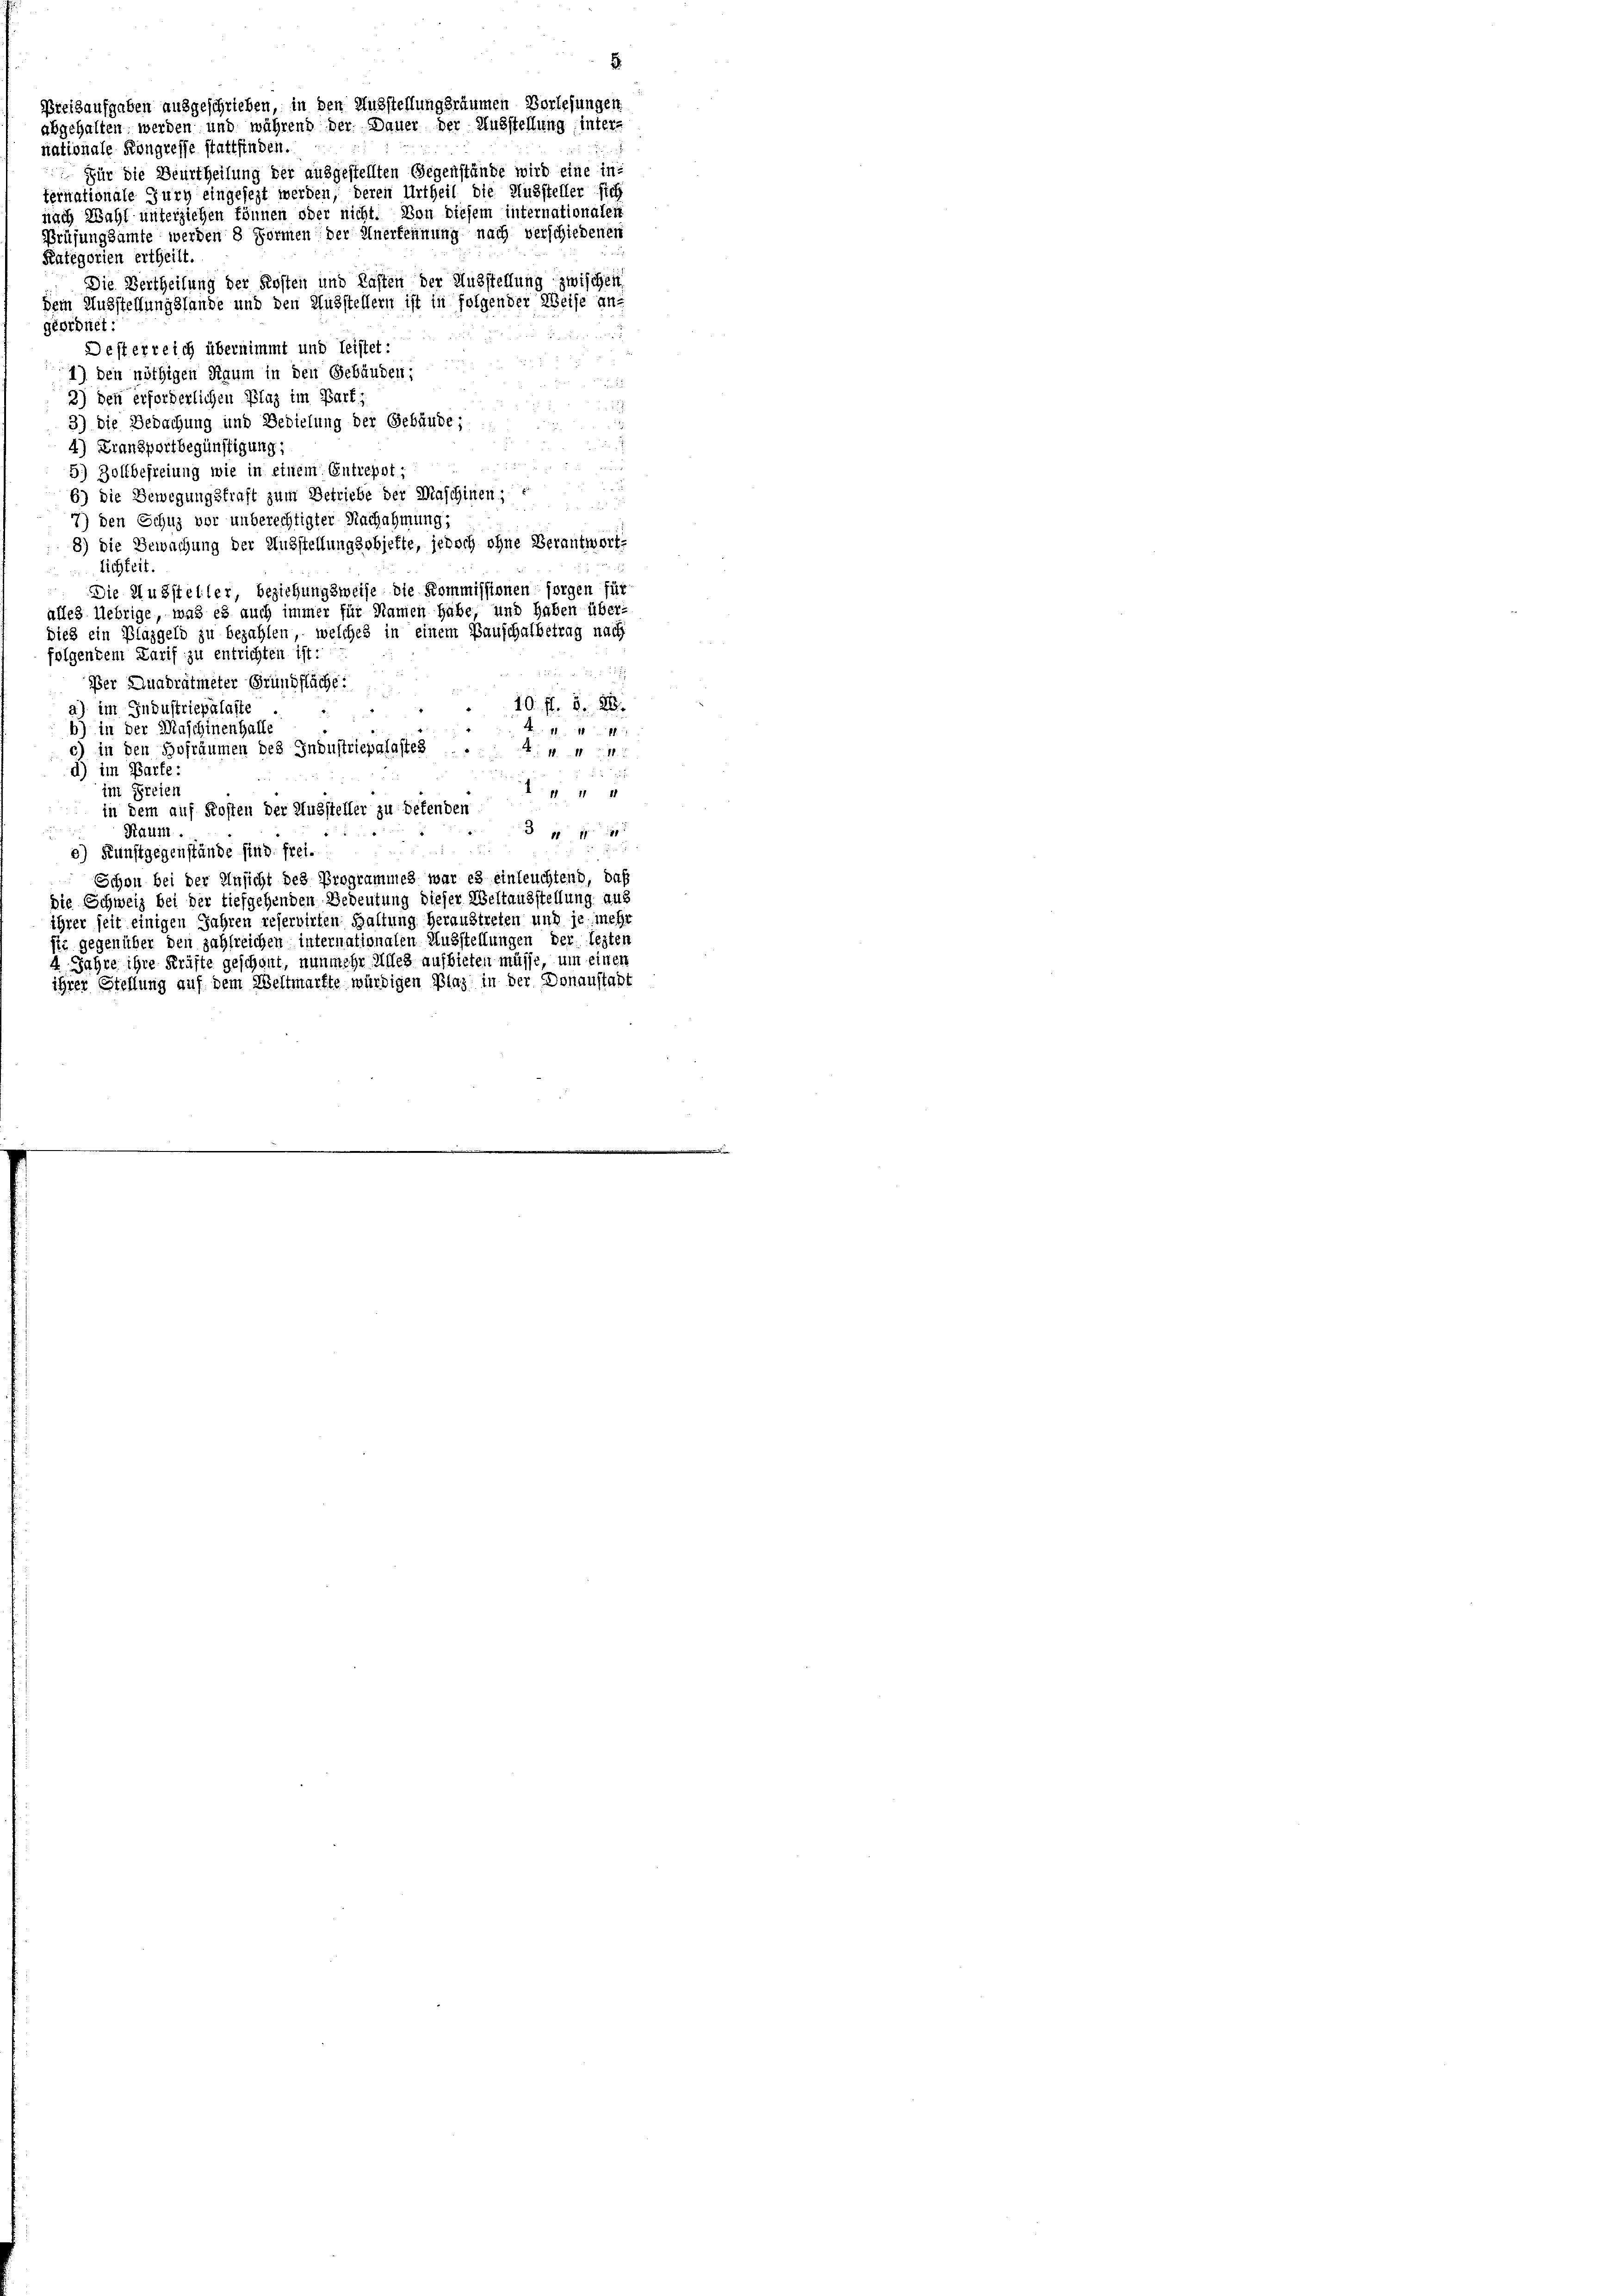
ternationale Jury eingesezt werden, deren Urtheil die Aussteller sich
nach Wahl unterziehen können oder nicht. Von diesem internationalen
Prüfungsamte werden 8 Formen der Anerkennung nach verschiedenen
Kategorien ertheilt
Die Vertheilung der Kosten und Lasten der Ausstellung zwischen
dem Ausstellungslande und den Musstellern ist in folgender Weise an-
geordnet:
Desterreich übernimmt und leistet:
1) Den nöthigen Raum in den Gebäuden:
3) den erforderlichen Plaz im Bart;
3) Die Gedachung und Bedielung der Gebäude;
d
¬
4) Fransportbegünstigung:

5) Zollbefreiung wie in einem Entrepot;

6) die Bewegungskraft zum Betriebe der Maschinen;

7) den Schuz vor unberechtigter Nachahmung:
8) die Bewachung der Ausstellungsobjekte, jedoch ohne Verantworts
lichkeit.
Die Aussteller, beziehungsweise die Kommissionen sorgen für
alles Uebrige, was es auch immer für Namen habe, und haben über-
dieß ein Plazgeld zu bezahlen, welches in einem Bauschalbetrag nach
folgendem Tarif zu entrichten ist:
Per Quadratmeter Grundfläche:
10. fl. 5. 88.
a) im Industriepalaste
b) in der Maschinenhalle
1111
c) in den Hofräumen des Industriepalastes
Z: 10. 11
d) im Barte
  11
im Freien
in dem auf Kosten der Aussteller zu defenden
Raum.
 1 f
e) Kunstgegenstände sind frei.
Schon bei der Ansicht des Programmes war es einleuchtend, daß
die Schweiz bei der tiefgehenden Bedeutung dieser Weltausstellung aus
ihrer seit einigen Jahren reservirten Haltung heraustreten und je mehr
sie gegenüber den zahlreichen internationalen Ausstellungen der lezten
4 Jahre ihre Kräfte geschont, nunmehr Alles aufbieten müsse, um einen
ihrer Stellung auf dem Weltmärfte würdigen Plaz in der Donaustadt

Preisaufgaben ausgeschrieben, in den Ausstellungsräumen Vorlesungen
abgehalten werden und während der Dauer der Ausstellung inter-
nationale Kongresse stattfinden.
 Für die Beurtheilung der ausgestellten Gegenstände wird eine in

.